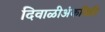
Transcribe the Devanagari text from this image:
दिवाळीअंकविक्री